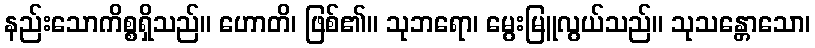
နည်းသောကိစ္စရှိသည်။ ဟောတိ၊ ဖြစ်၏။ သုဘရော၊ မွေးမြူလွယ်သည်။ သုသန္တောသော၊